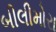
બીલીમોરા